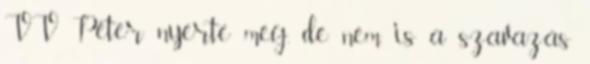
VV Péter nyerte meg, de nem is a szavazás